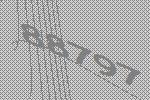
88797